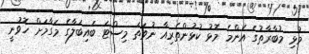
މުޅި މުބާރާތުގެ އެންމެ މޮޅު ކުޅުންތެރިއާ ނުވަތަ މިސްޓަ ބައިބަލާގެ މަގާމަށް ހޮވުނީ